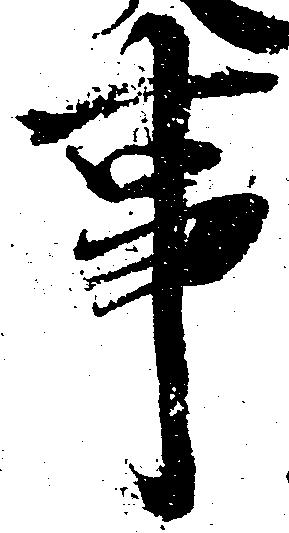
事